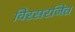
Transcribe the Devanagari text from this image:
विरसरजित